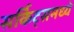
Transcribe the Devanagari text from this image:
सर्किट्समध्ये